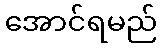
အောင်ရမည်